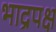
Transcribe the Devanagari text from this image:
भाद्रपक्ष